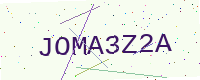
Text: JOMA3Z2A